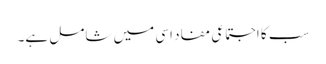
سب کا اجتماعی مفاد اسی میں شامل ہے۔